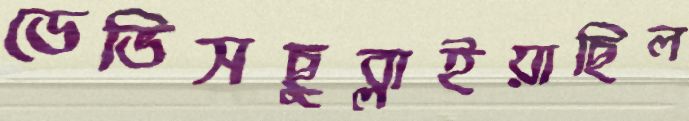
ডেভিসছুব্‌লাইয়াছিল